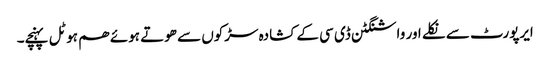
ایرپورٹ سے نکلے اور واشنگٹن ڈی سی کے کشادہ سڑکوں سے ھوتے ہوئے ھم ہوٹل پہنچے۔